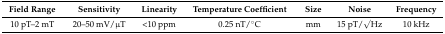
<table><thead><tr><td><b>Field Range</b></td><td><b>Sensitivity</b></td><td><b>Linearity</b></td><td><b>Temperature Coefficient</b></td><td><b>Size</b></td><td><b>Noise</b></td><td><b>Frequency</b></td></tr></thead><tbody><tr><td>10 pT–2 mT</td><td>20–50 mV/μT</td><td>&lt;10 ppm</td><td>0.25 nT/°C</td><td>mm</td><td>15 pT/√Hz</td><td>10 kHz</td></tr></tbody></table>